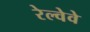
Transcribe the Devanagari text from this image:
रेल्वेवे